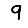
Digit: 9